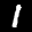
Label: 1